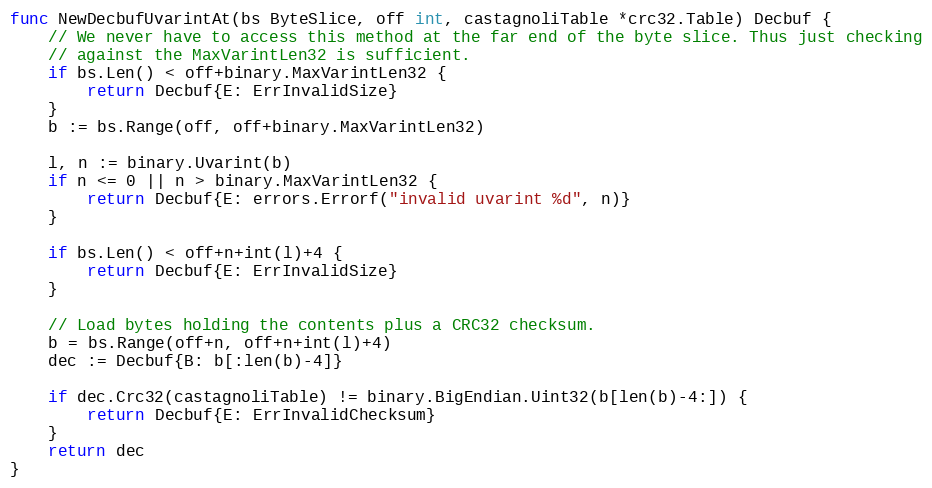
Language: Go
func NewDecbufUvarintAt(bs ByteSlice, off int, castagnoliTable *crc32.Table) Decbuf {
	// We never have to access this method at the far end of the byte slice. Thus just checking
	// against the MaxVarintLen32 is sufficient.
	if bs.Len() < off+binary.MaxVarintLen32 {
		return Decbuf{E: ErrInvalidSize}
	}
	b := bs.Range(off, off+binary.MaxVarintLen32)

	l, n := binary.Uvarint(b)
	if n <= 0 || n > binary.MaxVarintLen32 {
		return Decbuf{E: errors.Errorf("invalid uvarint %d", n)}
	}

	if bs.Len() < off+n+int(l)+4 {
		return Decbuf{E: ErrInvalidSize}
	}

	// Load bytes holding the contents plus a CRC32 checksum.
	b = bs.Range(off+n, off+n+int(l)+4)
	dec := Decbuf{B: b[:len(b)-4]}

	if dec.Crc32(castagnoliTable) != binary.BigEndian.Uint32(b[len(b)-4:]) {
		return Decbuf{E: ErrInvalidChecksum}
	}
	return dec
}